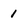
Character: 1